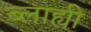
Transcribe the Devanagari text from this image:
ब्लाह्यी